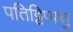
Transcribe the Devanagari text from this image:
पतिट्टिप्पत्तु